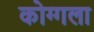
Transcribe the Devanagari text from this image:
कोग्गला